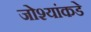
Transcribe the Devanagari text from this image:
जोश्यांकडे